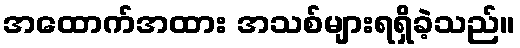
အထောက်အထား အသစ်များရရှိခဲ့သည်။